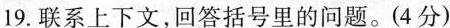
19.联系上下文，回答括号里的问题。(4分)